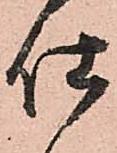
仕